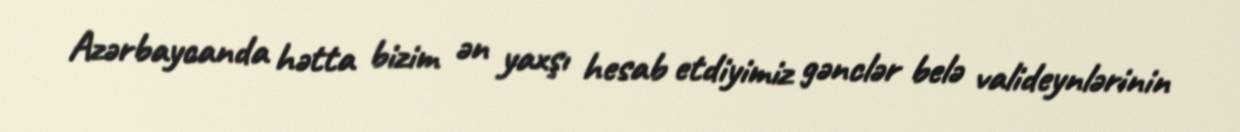
Azərbaycanda hətta bizim ən yaxşı hesab etdiyimiz gənclər belə valideynlərinin